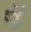
સૂ